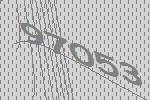
97053